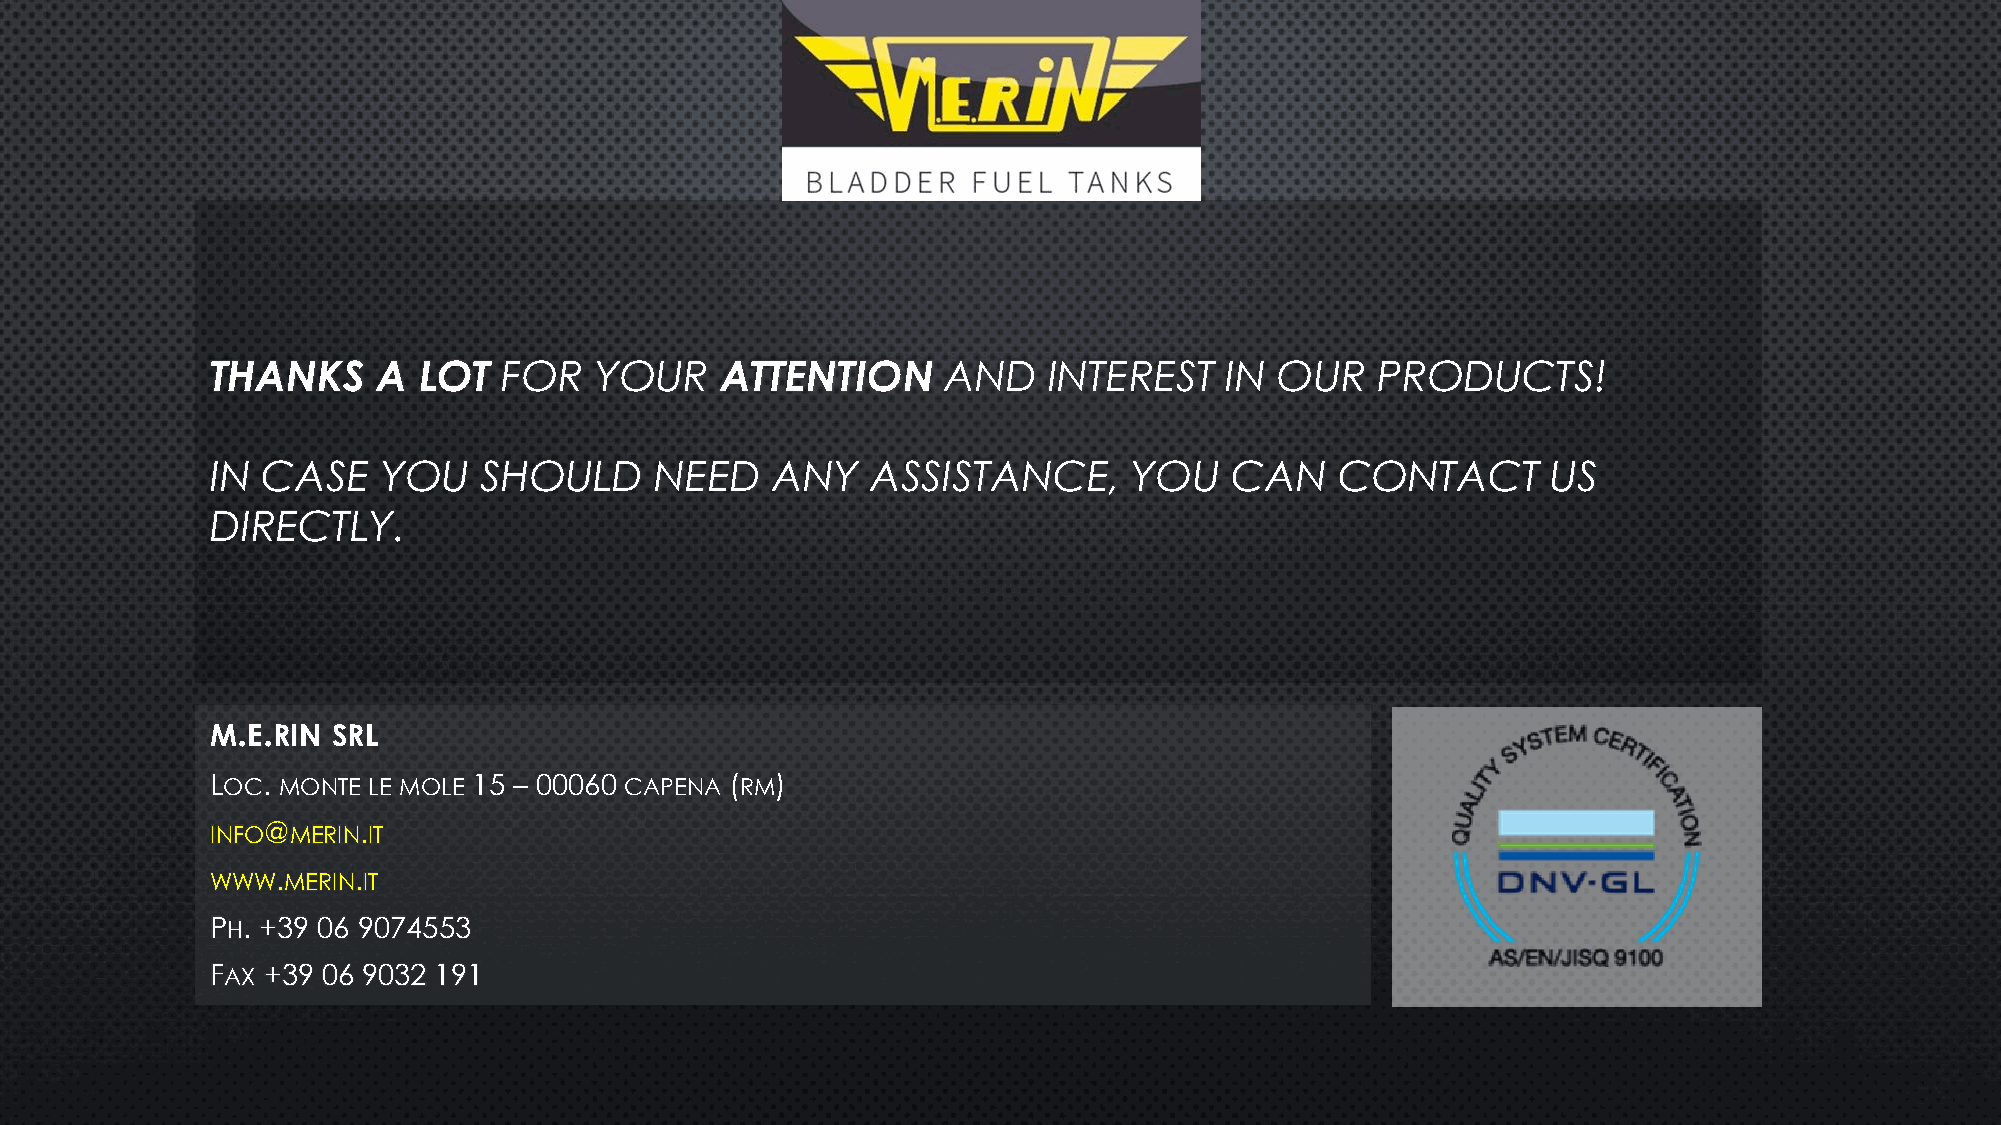
THANKS     A  LOT  FOR   YOUR     ATTENTION     AND    INTEREST    IN  OUR   PRODUCTS!
 IN CASE    YOU    SHOULD     NEED    ANY    ASSISTANCE,      YOU   CAN     CONTACT       US
 DIRECTLY.
 M.E.RIN SRL
 LOC. MONTE LE MOLE 15 – 00060 CAPENA (RM)
 INFO@MERIN.IT
 WWW.MERIN.IT
 PH. +39 06 9074553
 FAX +39 06 9032 191